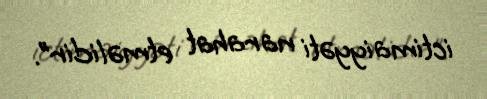
ictimaiyyəti narahat etməlidir”.